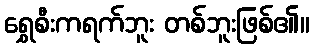
ရွှေစီးကရက်ဘူး တစ်ဘူးဖြစ်၏။